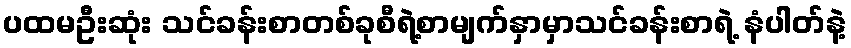
ပထမဦးဆုံး သင်ခန်းစာတစ်ခုစီရဲ့စာမျက်နှာမှာသင်ခန်းစာရဲ့ နံပါတ်နဲ့